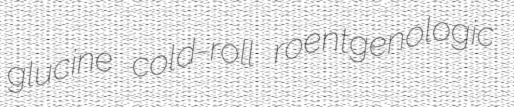
glucine cold-roll roentgenologic